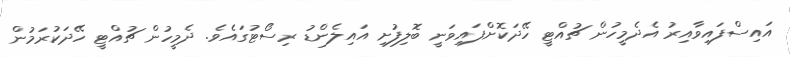
އައިސްފައިވާއިރު އެދެމީހުން ޗުއްޓީ ހޭދަކޮށްފައިވަނީ ބޮލިފުށި އައިލެންޑު ރިސޯޓުގައެވެ. ދެމީހުން ޗުއްޓީ ހޭދަކުރަމުން